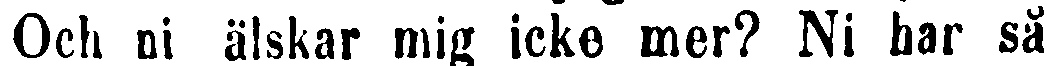
Och ni älskar mig icke mer? Ni har så-